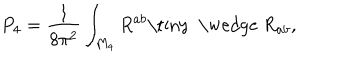
P _ { 4 } = \frac { 1 } { 8 \pi ^ { 2 } } \int _ { M _ { 4 } } R ^ { a b } { \mathrm { \tiny ~ \wedge ~ } } R _ { a b } ,